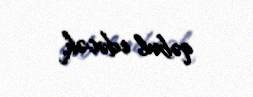
qəbul edəcək.